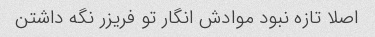
اصلا تازه نبود موادش انگار تو فریزر نگه داشتن